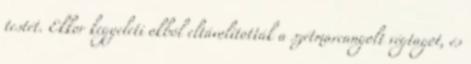
testét. Ekkor kegyeleti okból eltávolították a szétmarcangolt végtagot, és